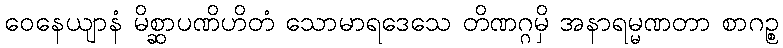
ဝေနေယျာနံ မိစ္ဆာပဏိဟိတံ သောမာရဒေသေ တိဏဂ္ဂမှိ အနာရမ္မဏတာ စာဂဉ္စ